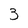
Character: 3